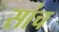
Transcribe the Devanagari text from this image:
सांच